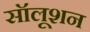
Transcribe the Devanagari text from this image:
सॉलूशन